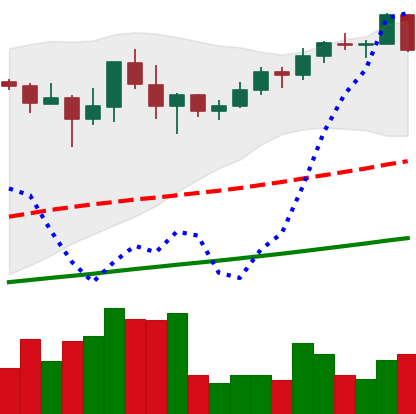
Ticker: BNB-USD
Chart end date: 2021-05-04
Forward return: 8.349%
Label: up_7plus